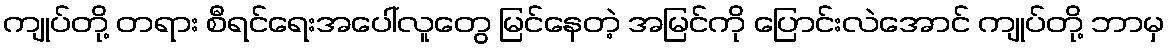
ကျုပ်တို့ တရား စီရင်ရေးအပေါ်လူတွေ မြင်နေတဲ့ အမြင်ကို ပြောင်းလဲအောင် ကျုပ်တို့ ဘာမှ